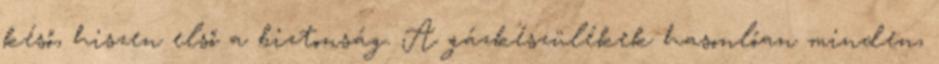
késő, hiszen első a biztonság. A gázkészülékek hasonlóan minden,